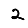
Digit: 2